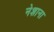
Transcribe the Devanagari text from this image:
नेशाना